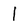
Character: 1